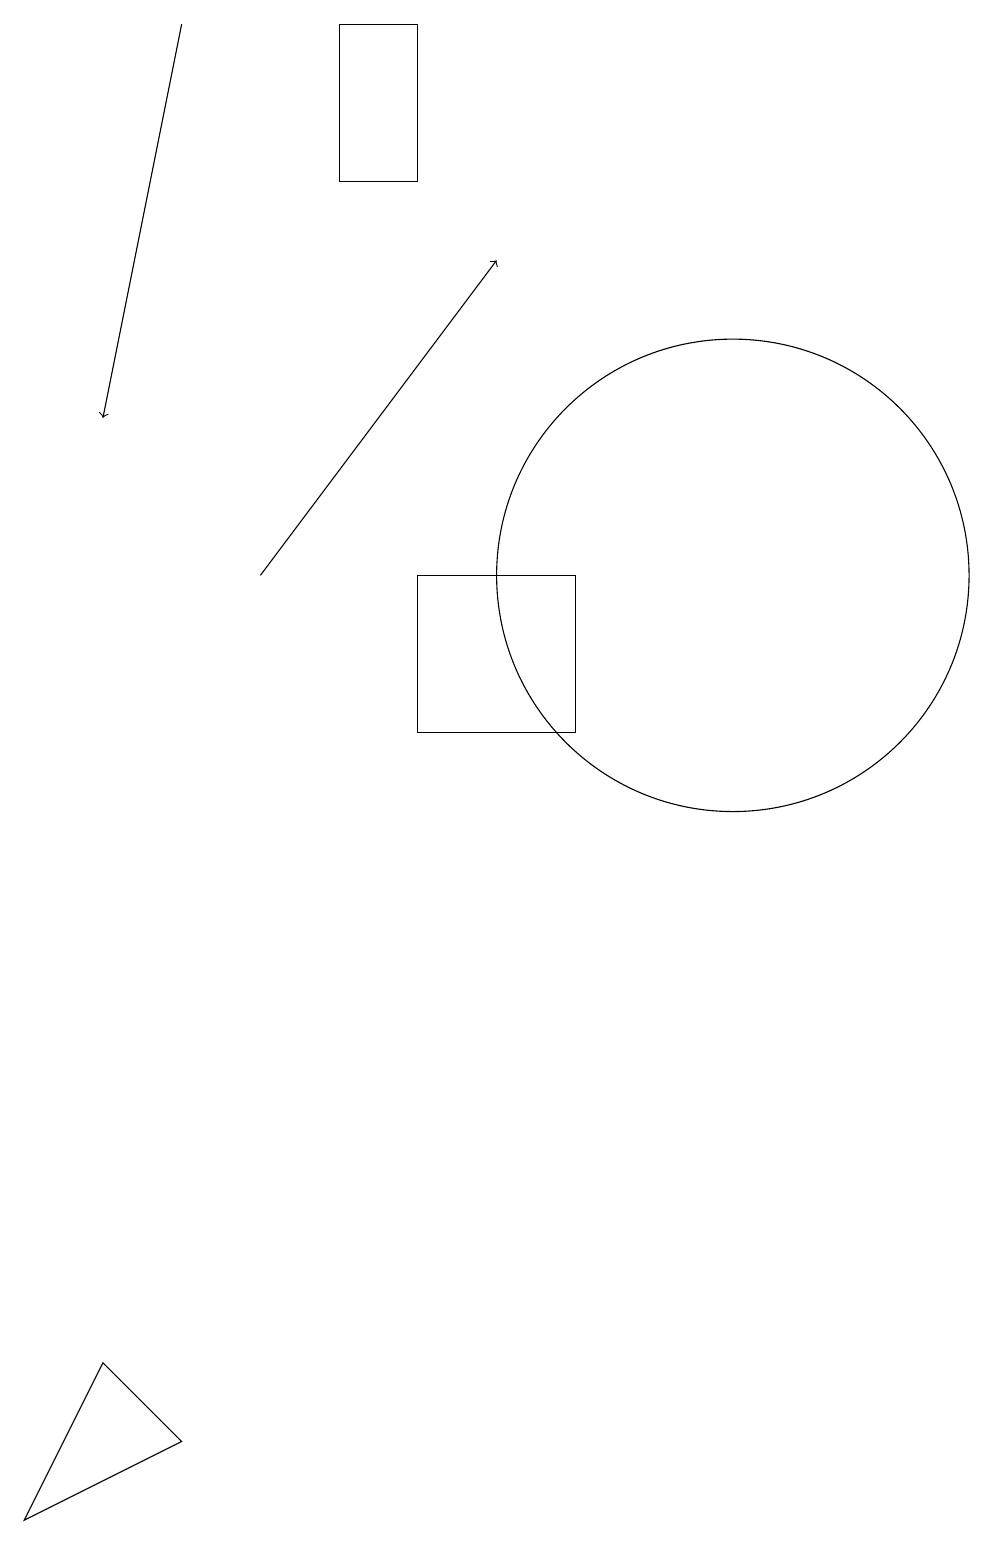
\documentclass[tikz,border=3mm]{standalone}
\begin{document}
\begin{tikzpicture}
\draw (6,19) rectangle (7,17);
\draw[->] (5,12) -- (8,16);
\draw (3,2) -- (4,1) -- (2,0) -- cycle;
\draw (9,10) rectangle (7,12);
\draw (11,12) circle (3);
\draw[->] (4,19) -- (3,14);
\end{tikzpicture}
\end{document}